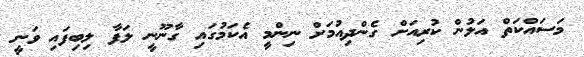
މަސައްކަތް އަލުން ކުރިއަށް ގެންދިއުމަށް ނިންމީ އެކަމުގައި ގާނޫނީ ލަފާ ލިބިފައި ވަނީ